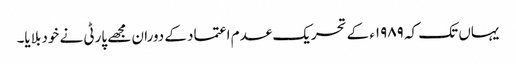
یہاں تک کہ ۱۹۸۹ء کے تحریک عدم اعتماد کے دوران مجھے پارٹی نے خود بلایا۔